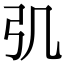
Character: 𢎪